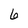
Character: 6